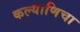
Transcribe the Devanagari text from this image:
कल्याणिचा